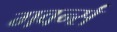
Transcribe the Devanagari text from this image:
गवर्न्स